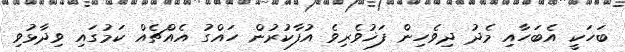
ބަހަކީ އެބަހާއި މެދު ދިވެހިން ފަޚުވެރިވެ އުފާކުރުން ހައްގު އެއްޗެއް ކަމުގައި ވިދާޅުވި